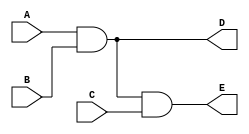
`timescale 1ns / 1ps

module three_input_AND_gate_b(
    input A,
    input B,
    output D,
    input C,
    output E
    );
    
    assign D = A & B;
    assign E = D & C;
endmodule